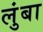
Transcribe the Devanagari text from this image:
लुंबा